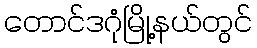
တောင်ဒဂုံမြို့နယ်တွင်